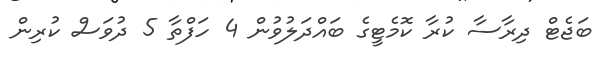
ބަޖެޓް ދިރާސާ ކުރާ ކޮމެޓީގެ ބައްދަލުވުން 4 ހަފްތާ 5 ދުވަސް ކުރިން